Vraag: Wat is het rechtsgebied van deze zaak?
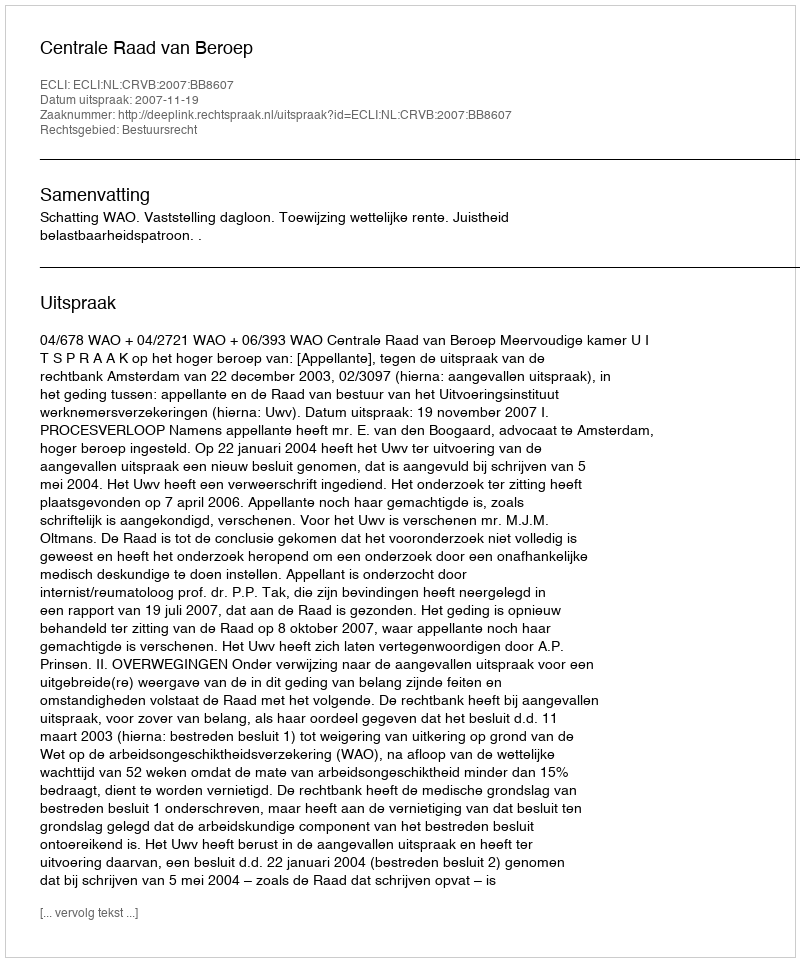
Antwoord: Bestuursrecht